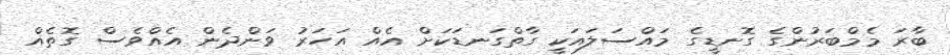
ބާރަ މެމްބަރުންގެ ގޮނޑީގެ މައްސަލައަކީ ގާތްގަނޑަކަށް އެއް އަހަރު ވަންދެން އެއްވެސް ގޮތެއް